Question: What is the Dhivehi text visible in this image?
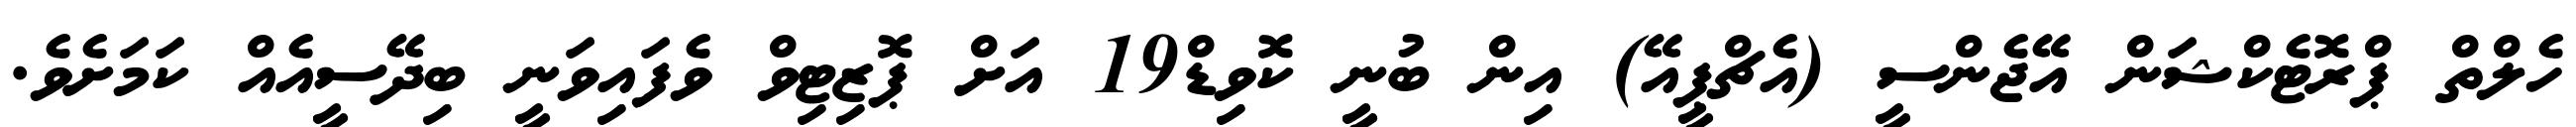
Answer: ހެލްތް ޕްރޮޓެކްޝަން އޭޖެންސީ (އެޗްޕީއޭ) އިން ބުނީ ކޮވިޑް19 އަށް ޕޮޒިޓިވް ވެފައިވަނީ ބިދޭސީއެއް ކަމަށެވެ.